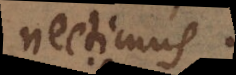
nectimus.